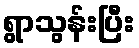
ရွာသွန်းပြီး